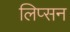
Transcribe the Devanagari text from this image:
लिप्सन